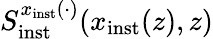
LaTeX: S_{\mathrm{inst}}^{x_{\mathrm{inst}}(\cdot)}(x_{\mathrm{inst}}(z),z)